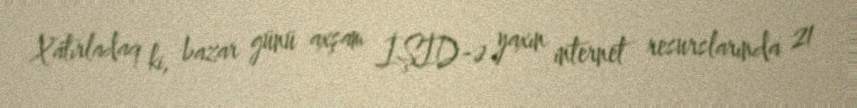
Xatırladaq ki, bazar günü axşam İŞİD-ə yaxın internet resurslarında 21